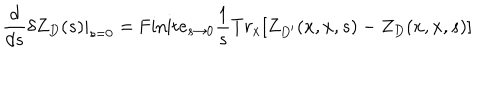
LaTeX: { \frac { d } { d s } } \delta Z _ { D } ( s ) | _ { s = 0 } = \mathrm { F i n i t e } _ { s \to 0 } { \frac { 1 } { s } } T r _ { x } [ Z _ { D ^ { \prime } } ( x , x , s ) - Z _ { D } ( x , x , s ) ]